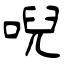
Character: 唲